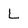
Character: L